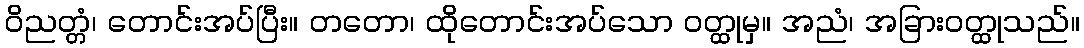
ဝိညတ္တံ၊ တောင်းအပ်ပြီး။ တတော၊ ထိုတောင်းအပ်သော ဝတ္ထုမှ။ အညံ၊ အခြားဝတ္ထုသည်။